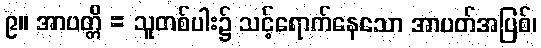
၉။ အာပတ္တိ = သူတစ်ပါး၌ သင့်ရောက်နေသော အာပတ်အပြစ်၊